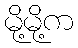
မို့မို့က